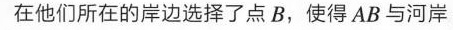
在他们所在的岸边选择了点B，使得AB与河岸